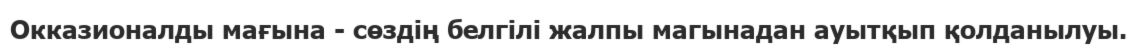
Окказионалды мағына - сөздің белгілі жалпы магынадан ауытқып қолданылуы.